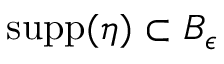
\mathop { \mathrm { s u p p } } ( \eta ) \subset B _ { \epsilon }